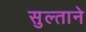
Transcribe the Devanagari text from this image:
सुल्ताने